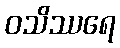
ဝသိဿရေ